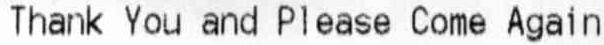
THANK YOU AND PLEASE COME AGAIN